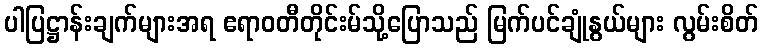
ပါပြဋ္ဌာန်းချက်များအရ ဧရာဝတီတိုင်းမ်သို့ပြောသည် မြက်ပင်ချုံနွယ်များ လွမ်းစိတ်